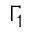
\Gamma _ { 1 }